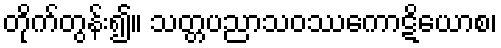
တိုက်တွန်း၍။ သတ္တပညာသဝဿကောဋိယောစ၊